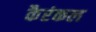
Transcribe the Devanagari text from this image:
कैरंकल